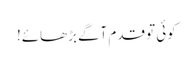
کوئی تو قدم آگے بڑھائے!